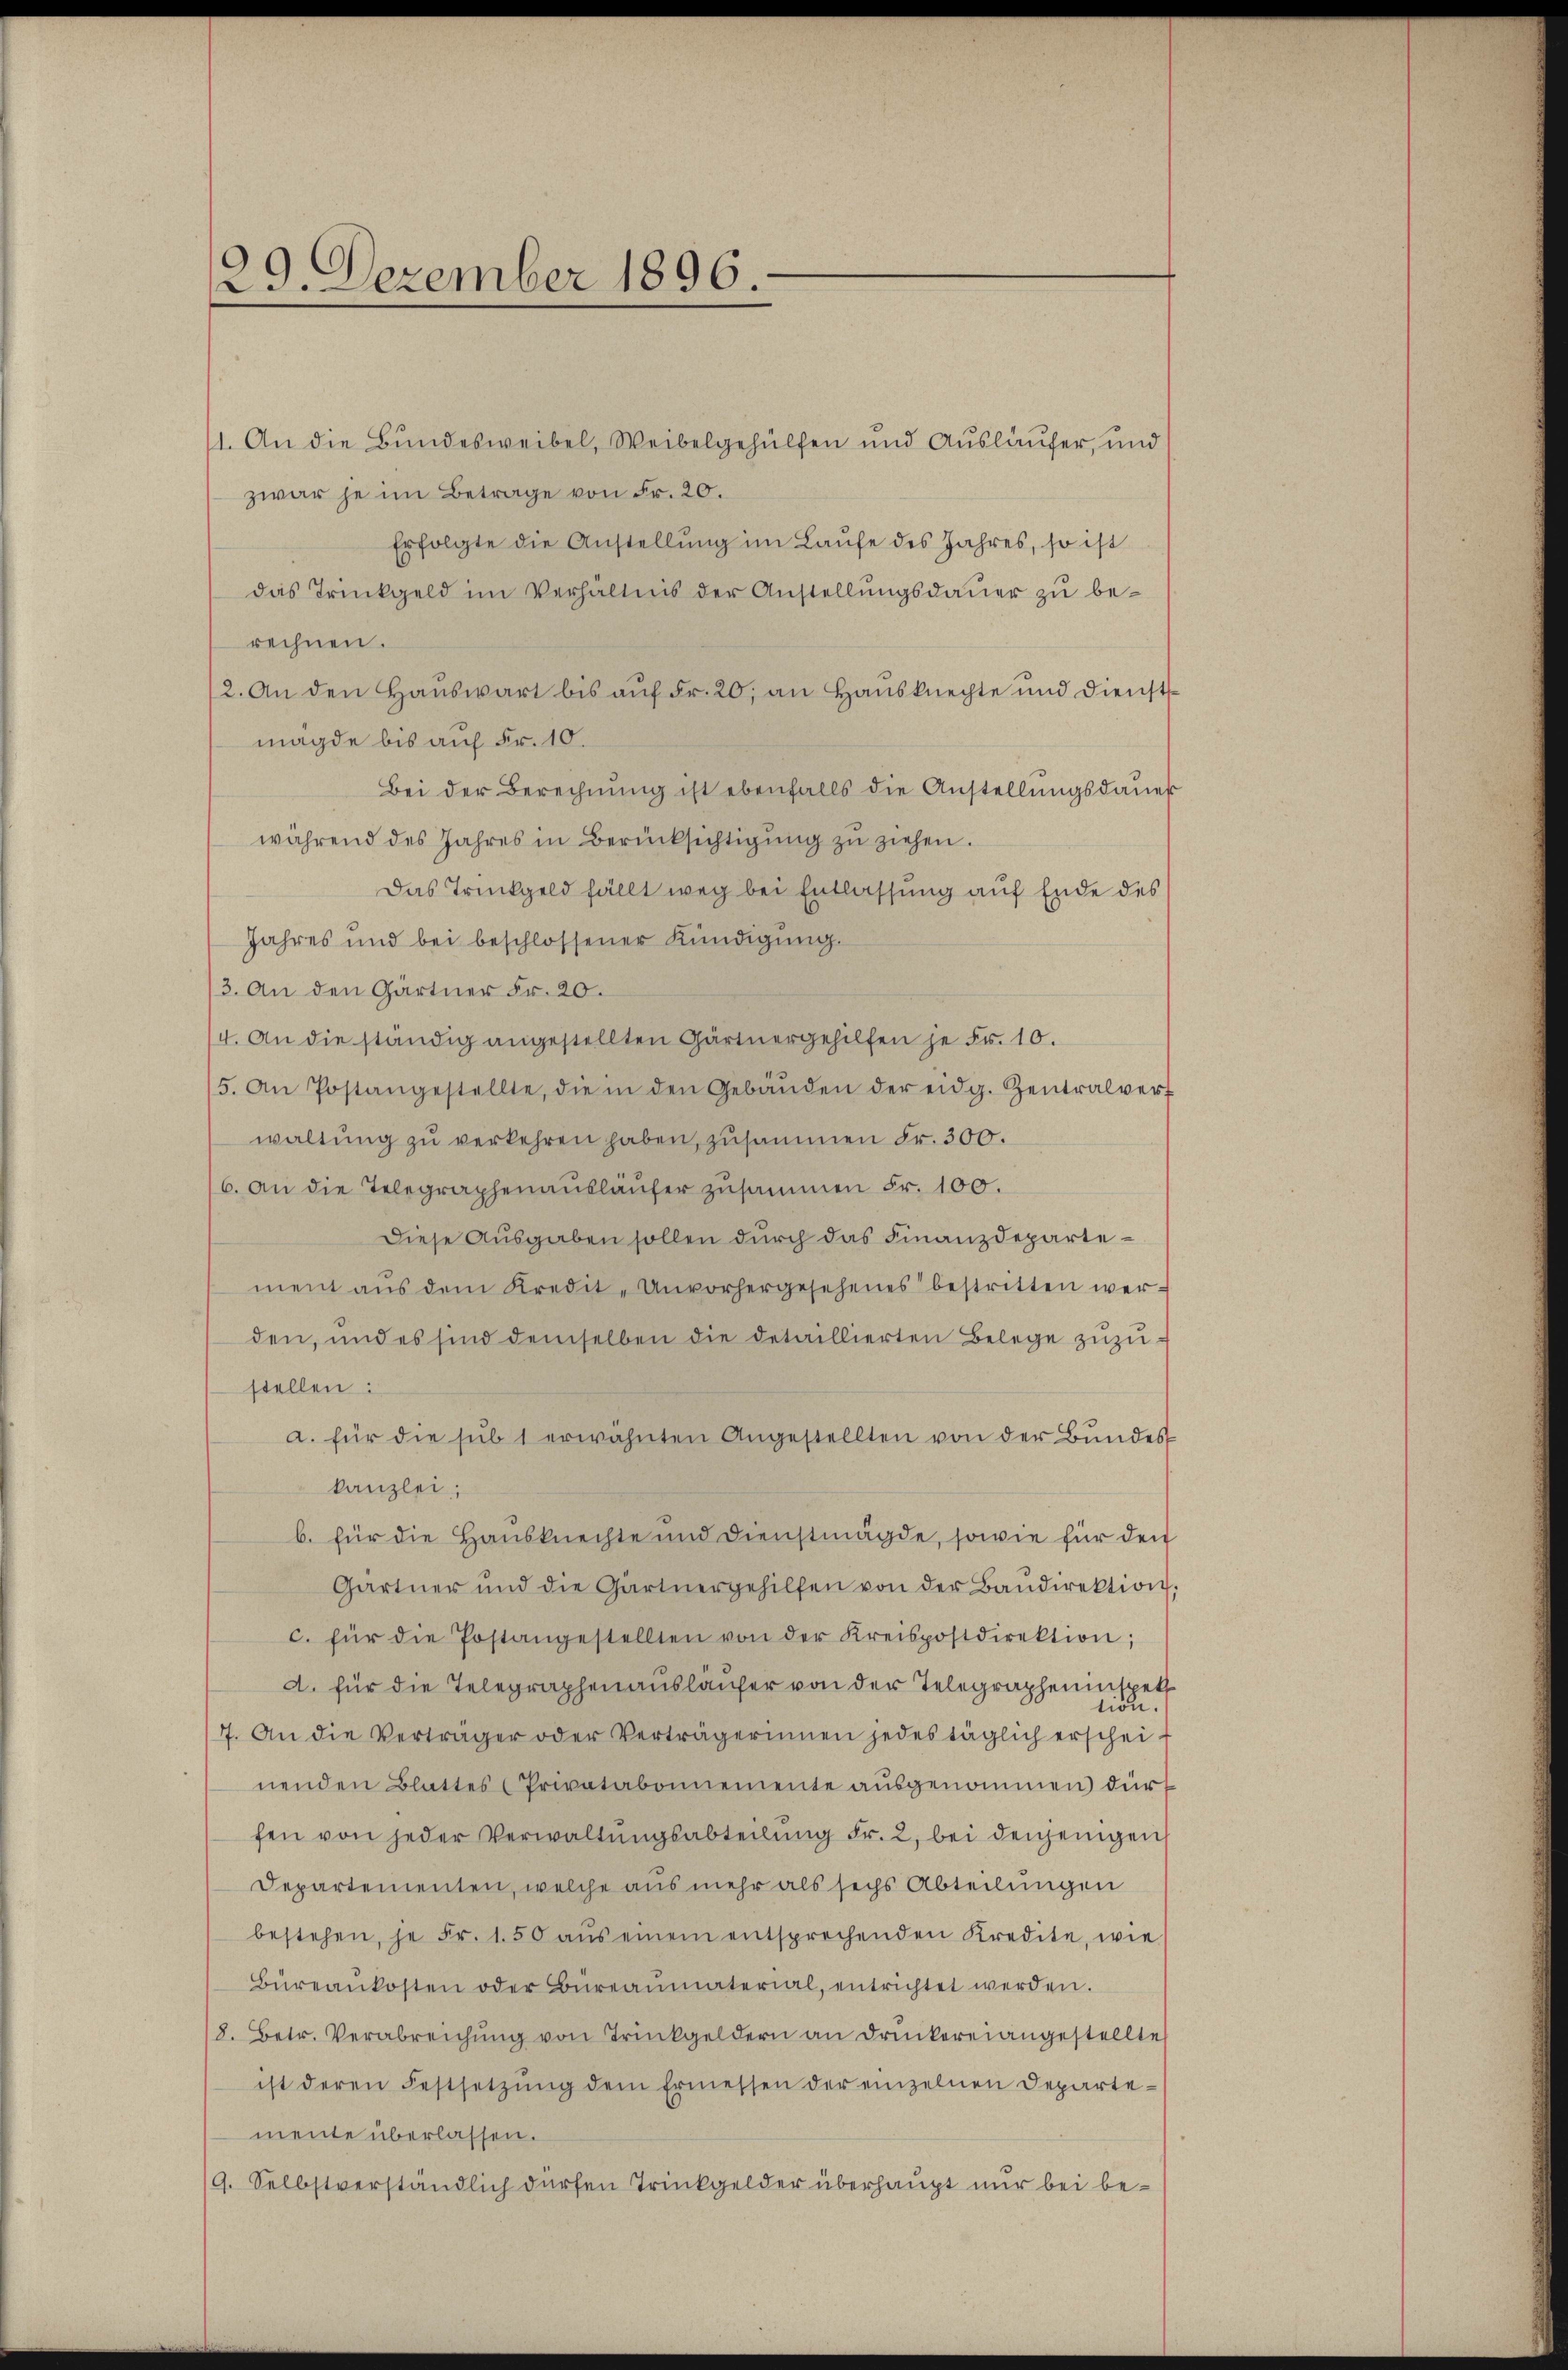
129. Dezember 1896.

1. An die Bundesweibel, Weibelgehülfen und Ausläufer, und
zwar je im Betrage von Fr. 20.
Erfolgte die Anstellung im Laufe des Jahres, so ist
das Trinkgeld im Verhältnis der Anstellungsdauer zu berechnen.
12. An den Hauswart bis auf Fr. 20, an Hausknechte und Dienstmagde bis auf Fr. 10.
Bei der Berechnung ist ebenfalls die Anstellungsdauer
während des Jahres in Berücksichtigŭng zŭ ziehen.
Das Trückgeld fällt weg bei Entlassung auf Ende des
Jahres und bei beschlossener Kündigŭng.
3. An den Gärtner Fr. 20.
(4. An die ständig angestellten Gärtnergehilfen je Fr. 10.
5. An Postangestellte, die in den Gebäŭden der eidg. Zentralvert
waltung zu verkehren haben, zusammen Fr. 300.
6. an die Telegraphenausläufer zusammen Fr. 100.
Diese Ausgaben sollen durch das Finanzdepartement aŭs dem Kredit-Unvorhergesehenes bestritten werden, und es sind demselben die detaillierten Belege zuzustellen:
a. für die sub 1 erwähnten Angestellten von der Bundes
kanzlei,
b. für die Hausknechte und Dienstmägde, sowie für den
Gärtner und die Gärtnergehilfen von der Baŭdirektion
c. für die Postangestellten von der Kreispostdirektion;
d. für die Telegraphenauslaufer von der Telegrapheninspett
tion
7. An die Verträger oder Verträgerinnen jedes täglich erschei
nenden Blattes (Privatabonnemente ausgenommen) dürf
fen von jeder Verwaltŭngsabteilung Fr. 2, bei denjenigen
Departementen, welche aus mehr als sechs Abteilungen
bestehen, je Fr. 1.50 aŭs einem entsprechenden Kredite, wie
Büreankosten oder Büreaŭmaterial, entrichtet werden.
8. Betr. Verabreichŭng von Trinkgeldern an Druckerei angestellte
ist deren Festsetzŭng dem Ermessen der einzelnen Departe-
mente überlassen.
9. Selbstverständlich dürfen Trinkgelder überhaupt nur bei be¬